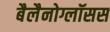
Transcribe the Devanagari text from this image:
बैलैनोग्लॉसस